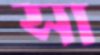
সা